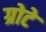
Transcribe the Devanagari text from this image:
ग्रोटे